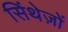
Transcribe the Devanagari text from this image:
सिंथेज़ों